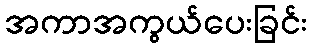
အကာအကွယ်ပေးခြင်း